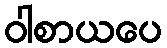
ဝါစာယပေ